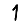
Digit: 1